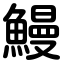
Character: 鰻